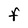
Character: F